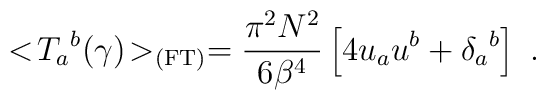
<\!{{      T}_{a}}^b(\gamma)\!>_{\rm (FT)}={\pi^2 N^2    \over 6 {{\beta}}^4}\left[ 4u_a u^b    +{{\delta}_a}^b\right]\ .